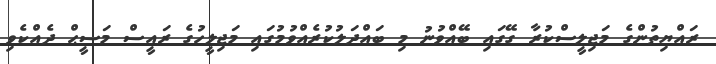
ރައްޔިތުންގެ މަޖިލީސްކުރާ ގޭގައި ބޭއްވުނު މި ބައްދަލުކުރެއްވުމުގައި މަޖިލީހުގެ ރައީސް މަސީޙް ދެއްކެވި